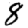
Digit: 8